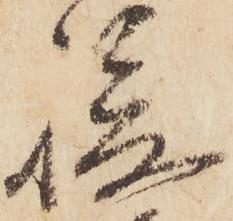
駿